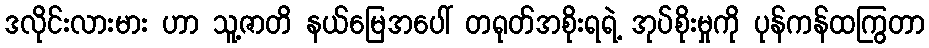
ဒလိုင်းလားမား ဟာ သူ့ဇာတိ နယ်မြေအပေါ် တရုတ်အစိုးရရဲ့ အုပ်စိုးမှုကို ပုန်ကန်ထကြွတာ